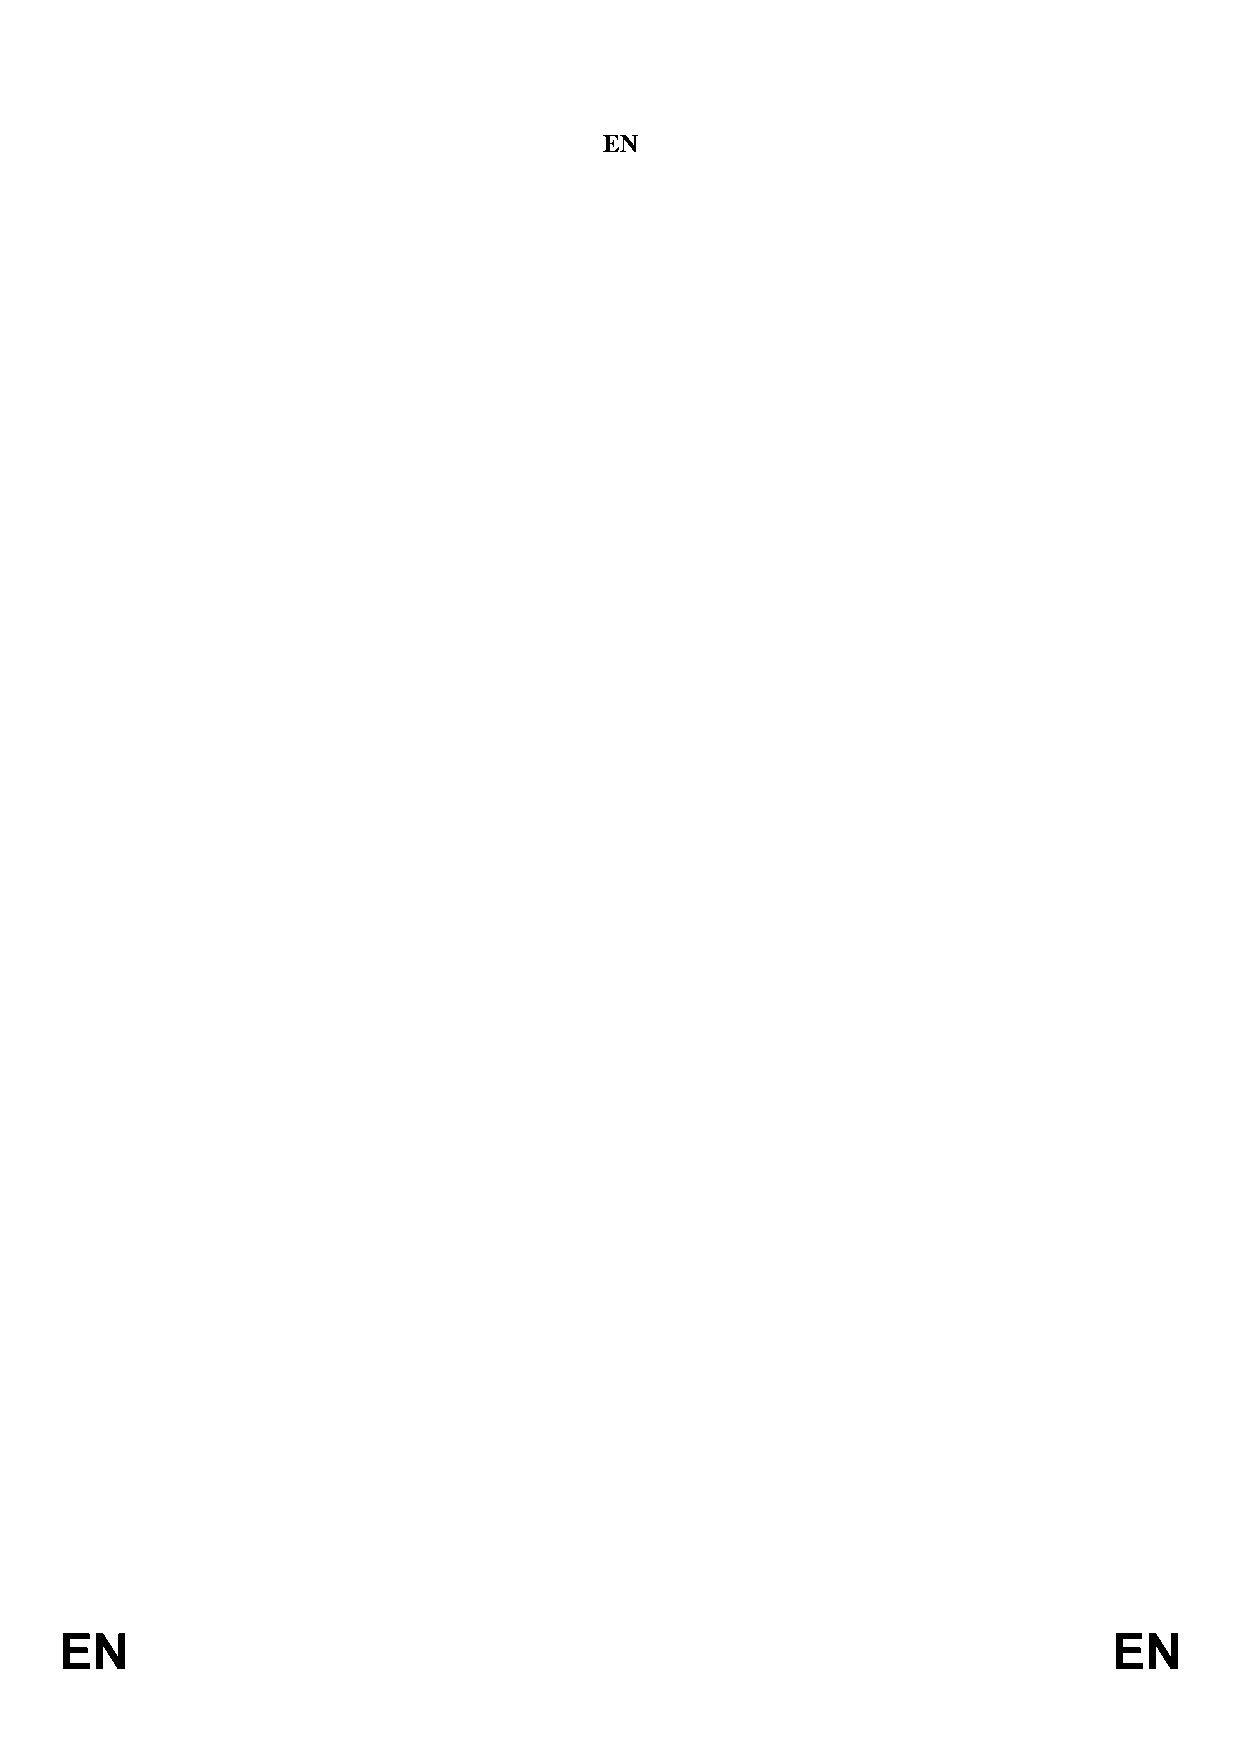
EN
 EN                                                                    EN